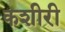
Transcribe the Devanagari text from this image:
कशीरी